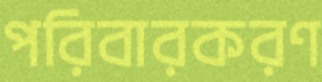
পরিবারকরণ